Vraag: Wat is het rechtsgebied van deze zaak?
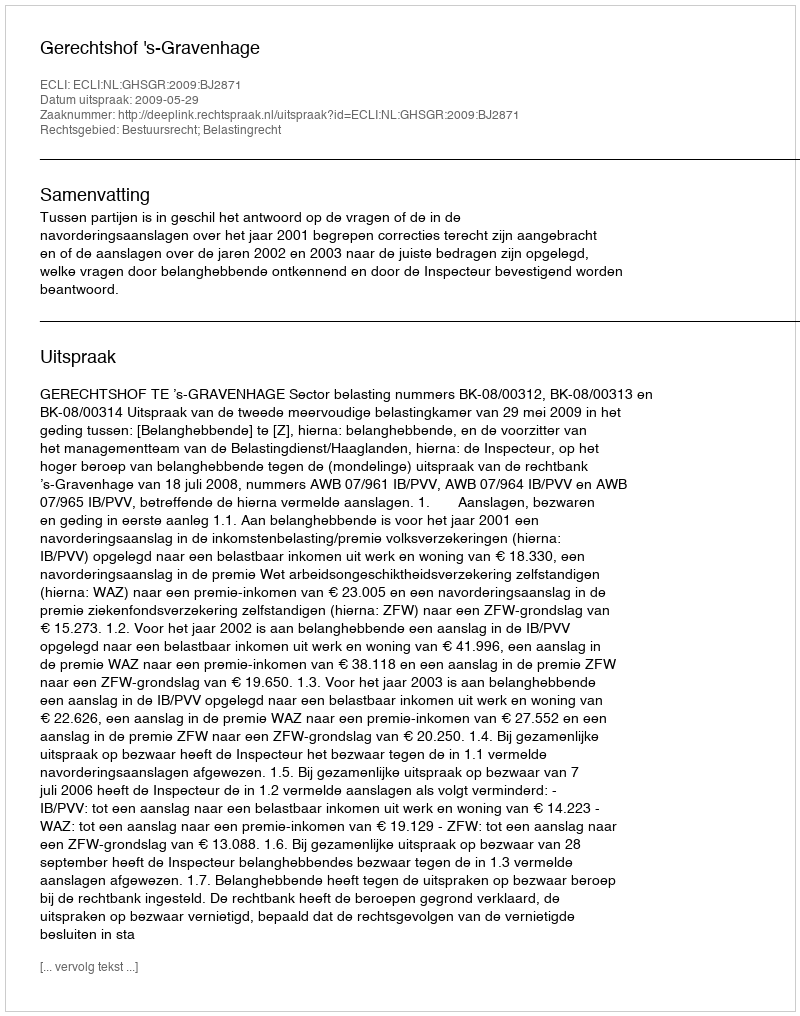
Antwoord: Bestuursrecht; Belastingrecht